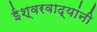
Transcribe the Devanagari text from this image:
ईश्वरवाद्यांनी